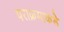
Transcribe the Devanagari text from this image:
पराक्रमाकडे